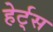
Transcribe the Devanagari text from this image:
हेर्ट्‌स